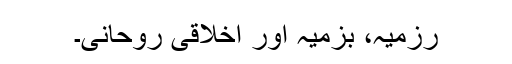
رزمیہ، بزمیہ اور اخلاقی روحانی۔